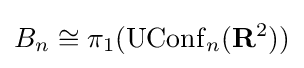
B_{n}\cong \pi _{1}(\operatorname {UConf} _{n}(\mathbf {R} ^{2}))